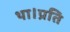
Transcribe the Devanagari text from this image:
था।प्रति